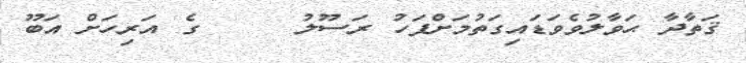
ޤަތާދާ ޙަވާލުވެވަޑައިގަތުމަށްފަހު ރަސޫލު     ގެ އަރިހަށް އަބޫ